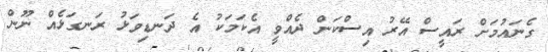
ގެނައުމަށް ރައީސް އޭރު އިސްކަން ދެއްވީ އެކަމަކު އެ ދަނޑިވަޅު ރަނގަޅެއް ނޫން